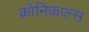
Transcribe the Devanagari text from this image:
क्रोनिकाल्स